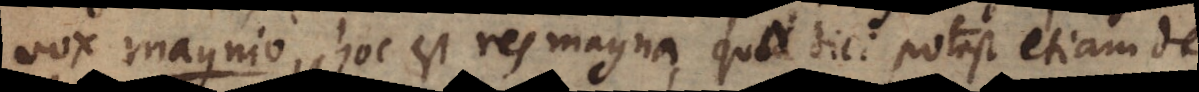
vox magnio, hoc est res magna, quod dici potest etiam d